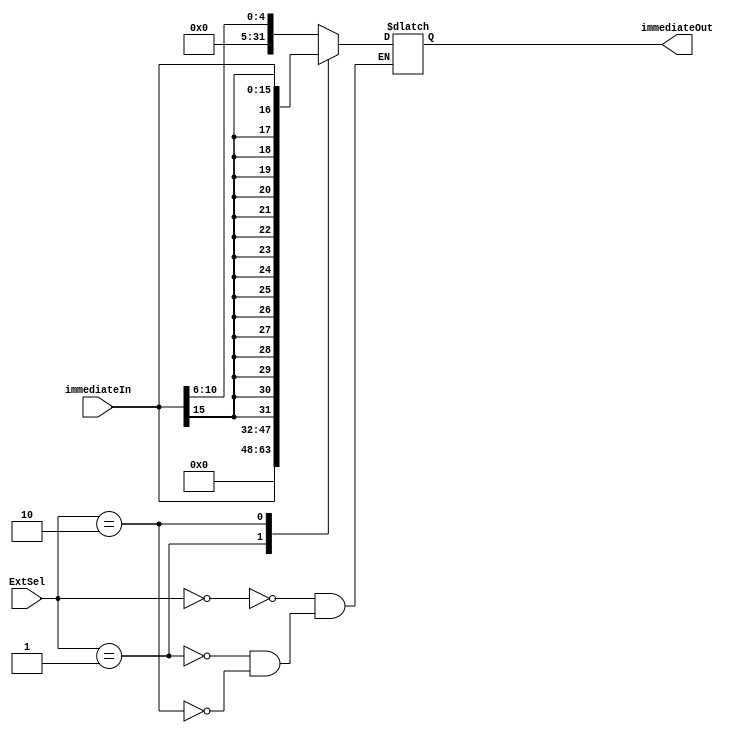
`timescale 1ns / 1ps
//////////////////////////////////////////////////////////////////////////////////
// Company: 
// Engineer: 
// 
// Design Name: 
// Module Name:    ImmediateExtender 
// Project Name: 
// Target Devices: 
// Tool versions: 
// Description: 
//
// Dependencies: 
//
// Revision: 
// Revision 0.01 - File Created
// Additional Comments: 
//
//////////////////////////////////////////////////////////////////////////////////
module ImmediateExtender(
    input [1:0] ExtSel,
    input [15:0] immediateIn,
    output reg [31:0] immediateOut
    );

    always @(ExtSel) begin
	     case (ExtSel)
		      2 'b00: begin
				    immediateOut = {27 'b0, immediateIn[10:6]};
			       end
				2 'b01: begin
				    immediateOut = {16 'b0, immediateIn};
					 end
				2 'b10: begin
				    immediateOut = {{16{immediateIn[15]}}, immediateIn};
					 end
		  endcase
	 end
endmodule